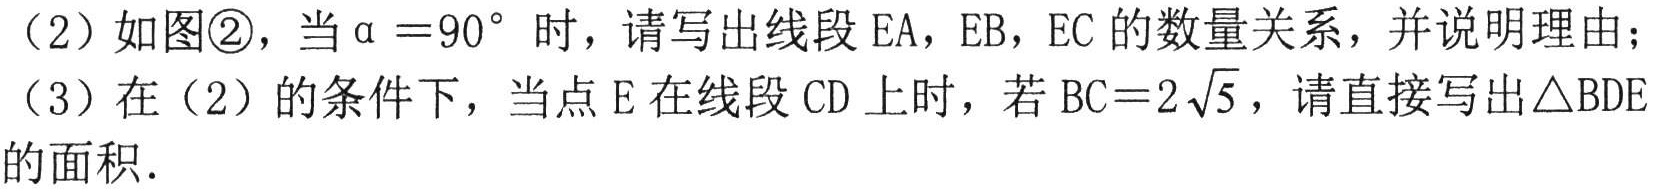
（2）如图\textcircled{2}，当$\alpha = 90^{\circ}$时，请写出线段$\text{EA}$，$\text{EB}$，$\text{EC}$的数量关系，并说明理由；
（3）在（2）的条件下，当点$\text{E}$在线段$\text{CD}$上时，若$\text{BC}=2\sqrt{5}$，请直接写出$\triangle\text{BDE}$的面积.